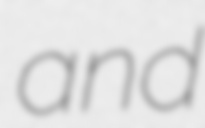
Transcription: and